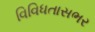
વિવિધતાસભર